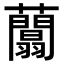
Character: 𧄱